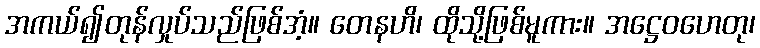
အကယ်၍တုန်လှုပ်သည်ဖြစ်အံ့။ တေနဟိ၊ ထိုသို့ဖြစ်မူကား။ အဋ္ဌေဝဟေတု၊